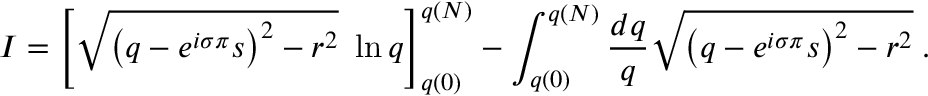
I = \left[ \sqrt { \left( q - e ^ { i \sigma \pi } s \right) ^ { 2 } - r ^ { 2 } } \, \, \ln q \right] _ { q ( 0 ) } ^ { q ( N ) } - \int _ { q ( 0 ) } ^ { q ( N ) } \frac { d q } { q } \sqrt { \left( q - e ^ { i \sigma \pi } s \right) ^ { 2 } - r ^ { 2 } } \; .